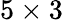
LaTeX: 5\times 3